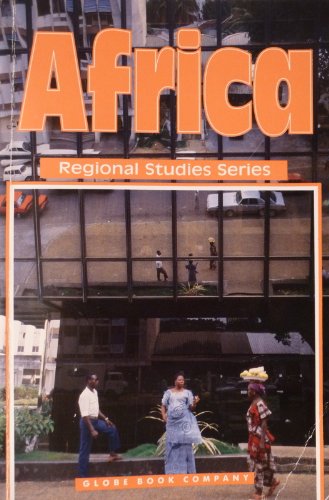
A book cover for Africa (Globe Regional Studies); Ralph Ley; Teen & Young Adult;